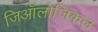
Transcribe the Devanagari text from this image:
जिऑलोजिकल